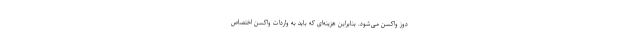
دوز واکسن می‌شود. بنابراین هزینه‌ای که باید به واردات واکسن اختصاص